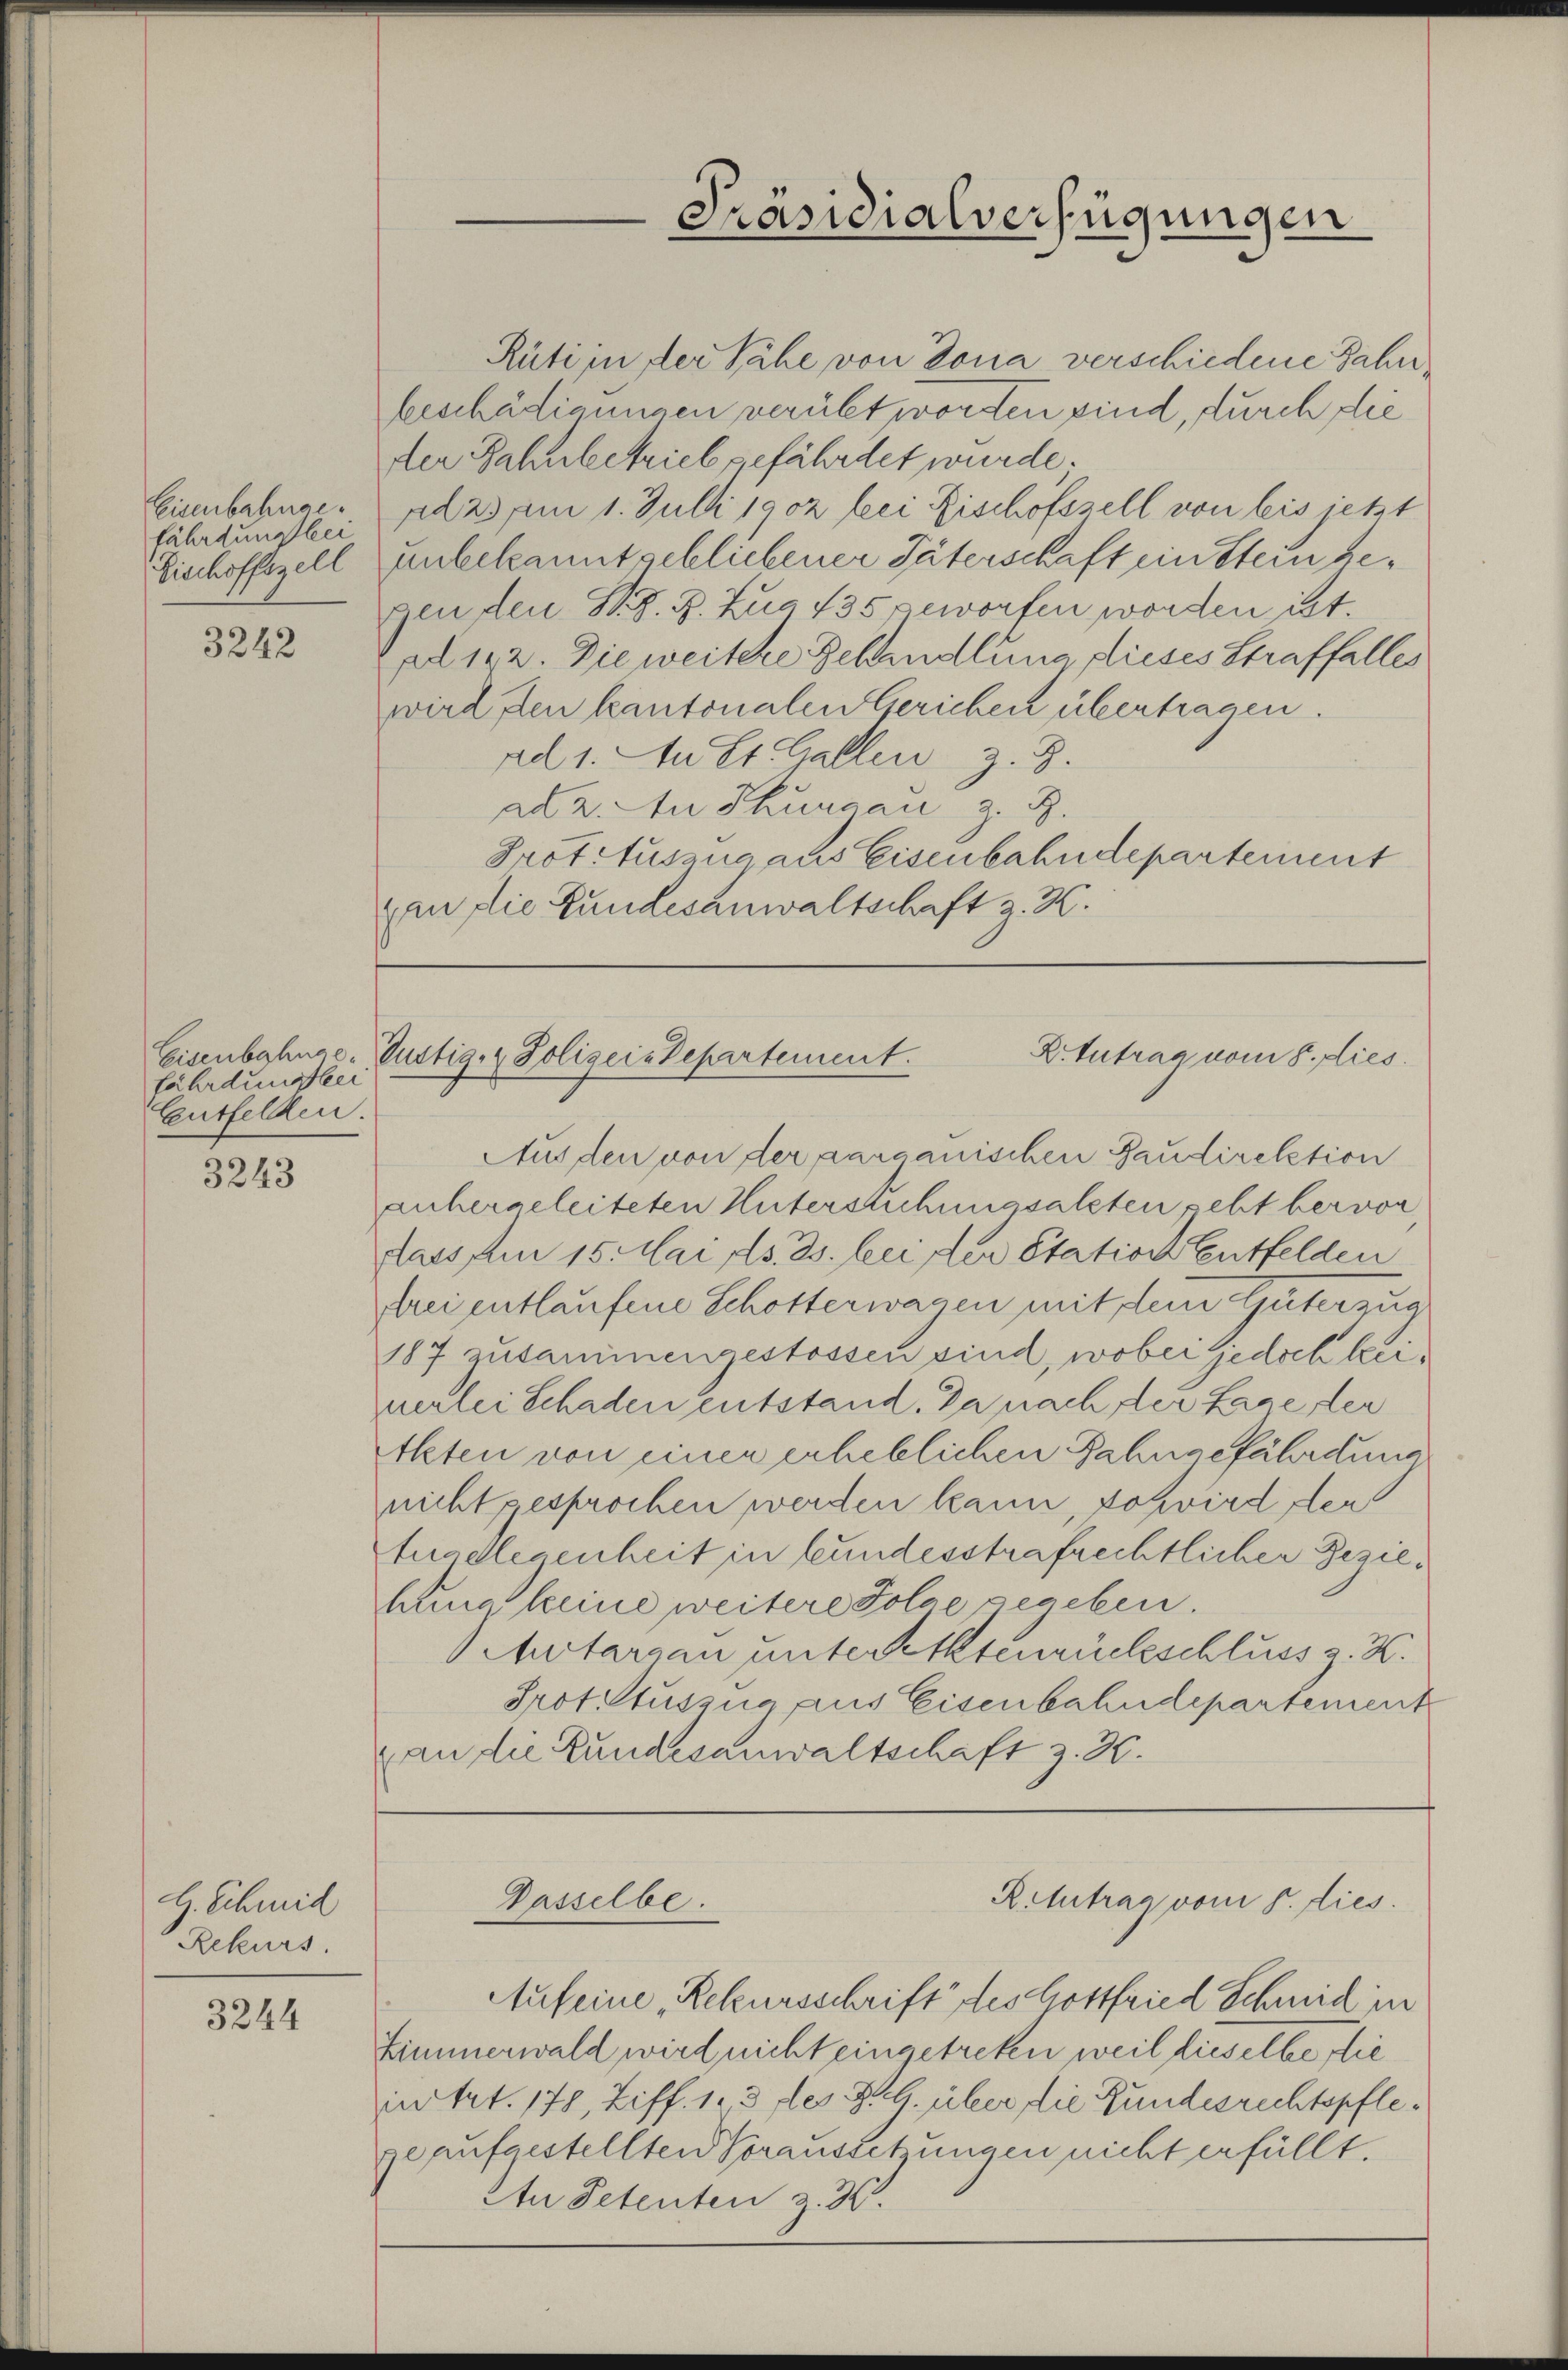
Eisenbahngefährdungsbei
Bischoffszell
3242

Eisenbahnge
fährdunstlei
Entfelden.

3243

H. Schmid
Rekurs

3244

Rüti in der Nähe von Dona verschiedene Jahre
beschädigungen verübt worden sind, durch die
der Bahnbetrieb gefährdet wurde;
das am 1. Juli 1902 bei Fischofszell von bis jetzt

unbekannt gebliebener Täterschaft ein Stein begen den S. S. R. Zug 435 geworfen worden ist.
al 172. Die weitere Behandlung dieses Straffalles
wird den kantonalen Gerichen übertragen.
ad 1. An St. Gallen z. B.
ad 2. An Thurgau z. B.
Prot-Auszug aus Eisenbahndepartement
an die Bundesanwaltschaft z. K.

Präsidialverfügungen

Z. Antrag vom 8. dies
Gustig & Polizei-Departement.

Passelbe.

Aus den von der aarganischen Gaudirektion
anhergeleiteten Untersuchungsalten geht hervon
dass um 15. Mai Ns. ds. bei der Station Entfelden
drei entlaufene Schotterwagen mit dem Güterzug
187 zusammengestossen sind, wobei jedoch kirmerlei Schaden entstand. Da nach der Lage der
Akten von einer erheblichen Fahngefährdung
nicht gesprochen werden kann schwird der
tuadlegenheit in bundesstrafrechtlicher Beziehung keine weitere Folge gegeben.
Autarsau unterettenrückeschluss z. K.
Prot. Auszug aus Eisenbahndepartement
an die Bundesanwaltschaft z. H.

Aufeine Rekursschrift des Gottfried Schmid in
Zimmerwald wird nicht eingetreten weil dieselbe die
ietet. 178, Ziff. 1. 3 des ZG. über die Rundesrechtspflege aufgestellten Voraussetzungen nicht erfüllt.
Atu Petenten z. 30.

Rclutrag vom 5. dies